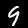
Digit: 9